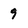
Character: 9